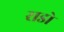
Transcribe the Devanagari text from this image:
राडो